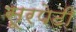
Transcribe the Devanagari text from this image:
सूरपेटी